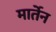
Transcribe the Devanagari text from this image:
मार्तेन